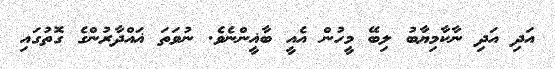
އަދި އަދި ނާކާމިޔާބު ލިބޭ މީހުން އެއީ ބާޣީންނެވެ. ނުވަތަ ޣައްދާރުންގެ ގޮތުގައި